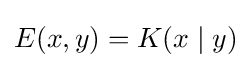
E(x,y)=K(x\mid y)